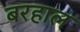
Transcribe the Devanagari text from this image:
बरहाल